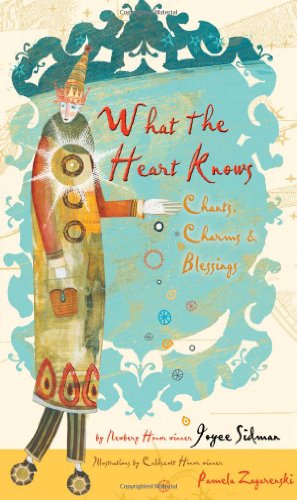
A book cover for What the Heart Knows: Chants, Charms, and Blessings; Joyce Sidman; Teen & Young Adult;